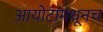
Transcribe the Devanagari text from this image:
आयोटामधूनच